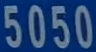
5050